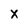
Character: x